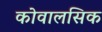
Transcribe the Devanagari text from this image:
कोवालसिक